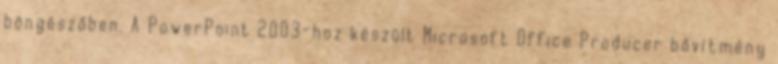
böngészőben. A PowerPoint 2003-hoz készült Microsoft Office Producer bővítmény